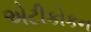
એટીકોકન